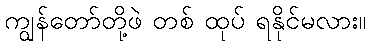
ကျွန်တော်တို့ဖဲ တစ် ထုပ် ရနိုင်မလား။